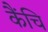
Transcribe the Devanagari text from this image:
कैंचि